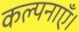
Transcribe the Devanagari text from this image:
कल्पनाएँ।